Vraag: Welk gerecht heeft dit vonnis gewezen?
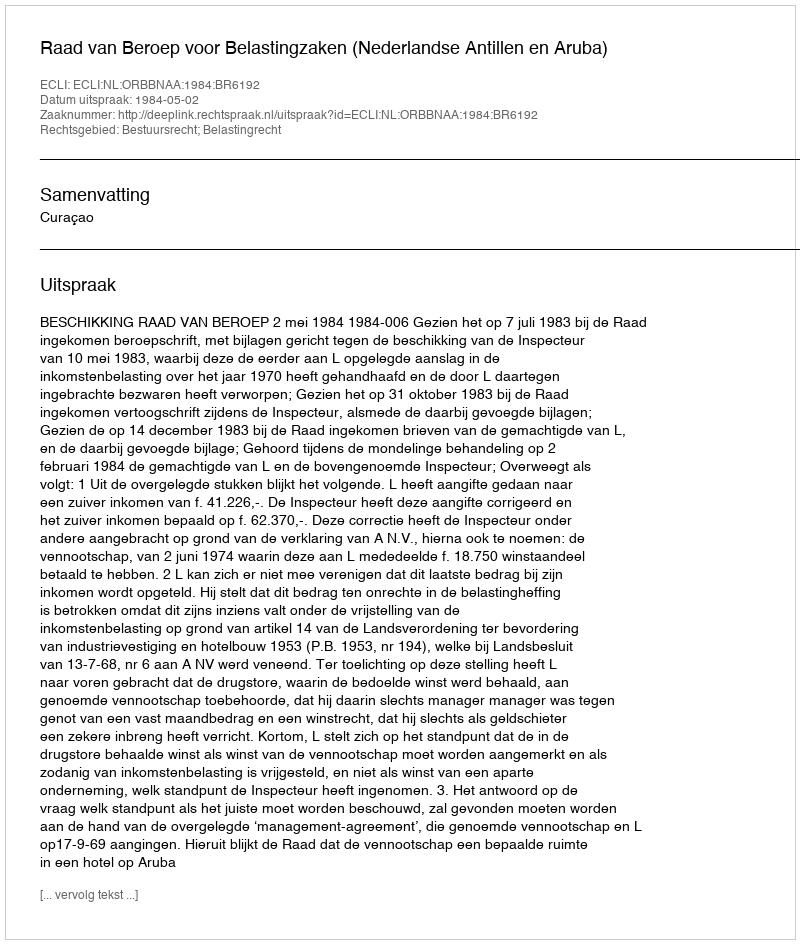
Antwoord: Raad van Beroep voor Belastingzaken (Nederlandse Antillen en Aruba)